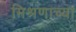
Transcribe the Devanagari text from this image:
मिश्रणाच्या